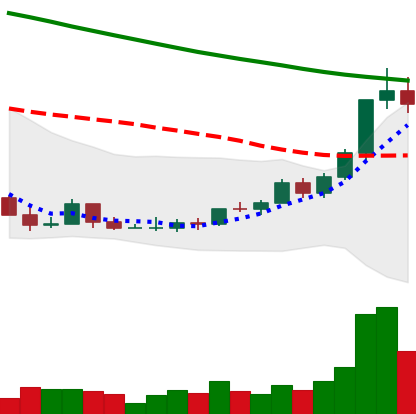
Ticker: ADA-USD
Chart end date: 2022-03-25
Forward return: 8.425%
Label: up_7plus